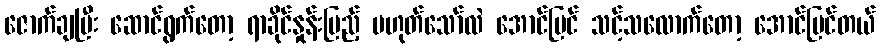
ဇောက်ချပြီး ဆောင်ရွက်တော့ ရာခိုင်နှုန်းပြည့် မဟုတ်သော်လဲ အောင်မြင် သင့်သလောက်တော့ အောင်မြင်တယ်